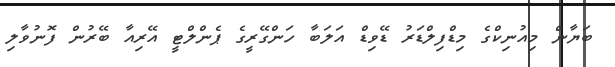
ބަޔާން މިއުނިކްގެ މިޑްފިލްޑަރު ޑޭވިޑް އަލަބާ ހަންގޭރީގެ ޕެންލްޓީ އޭރިއާ ބޭރުން ފޮނުވާލި